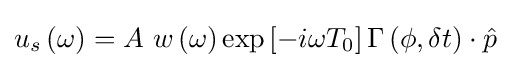
u_{s}\left(\omega \right)=A~w\left(\omega \right)\exp \left[-i\omega T_{0}\right]\Gamma \left(\phi ,\delta t\right)\cdot {\hat {p}}